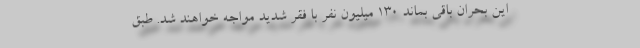
این بحران باقی بماند ۱۳۰ میلیون نفر با فقر شدید مواجه خواهند شد. طبق